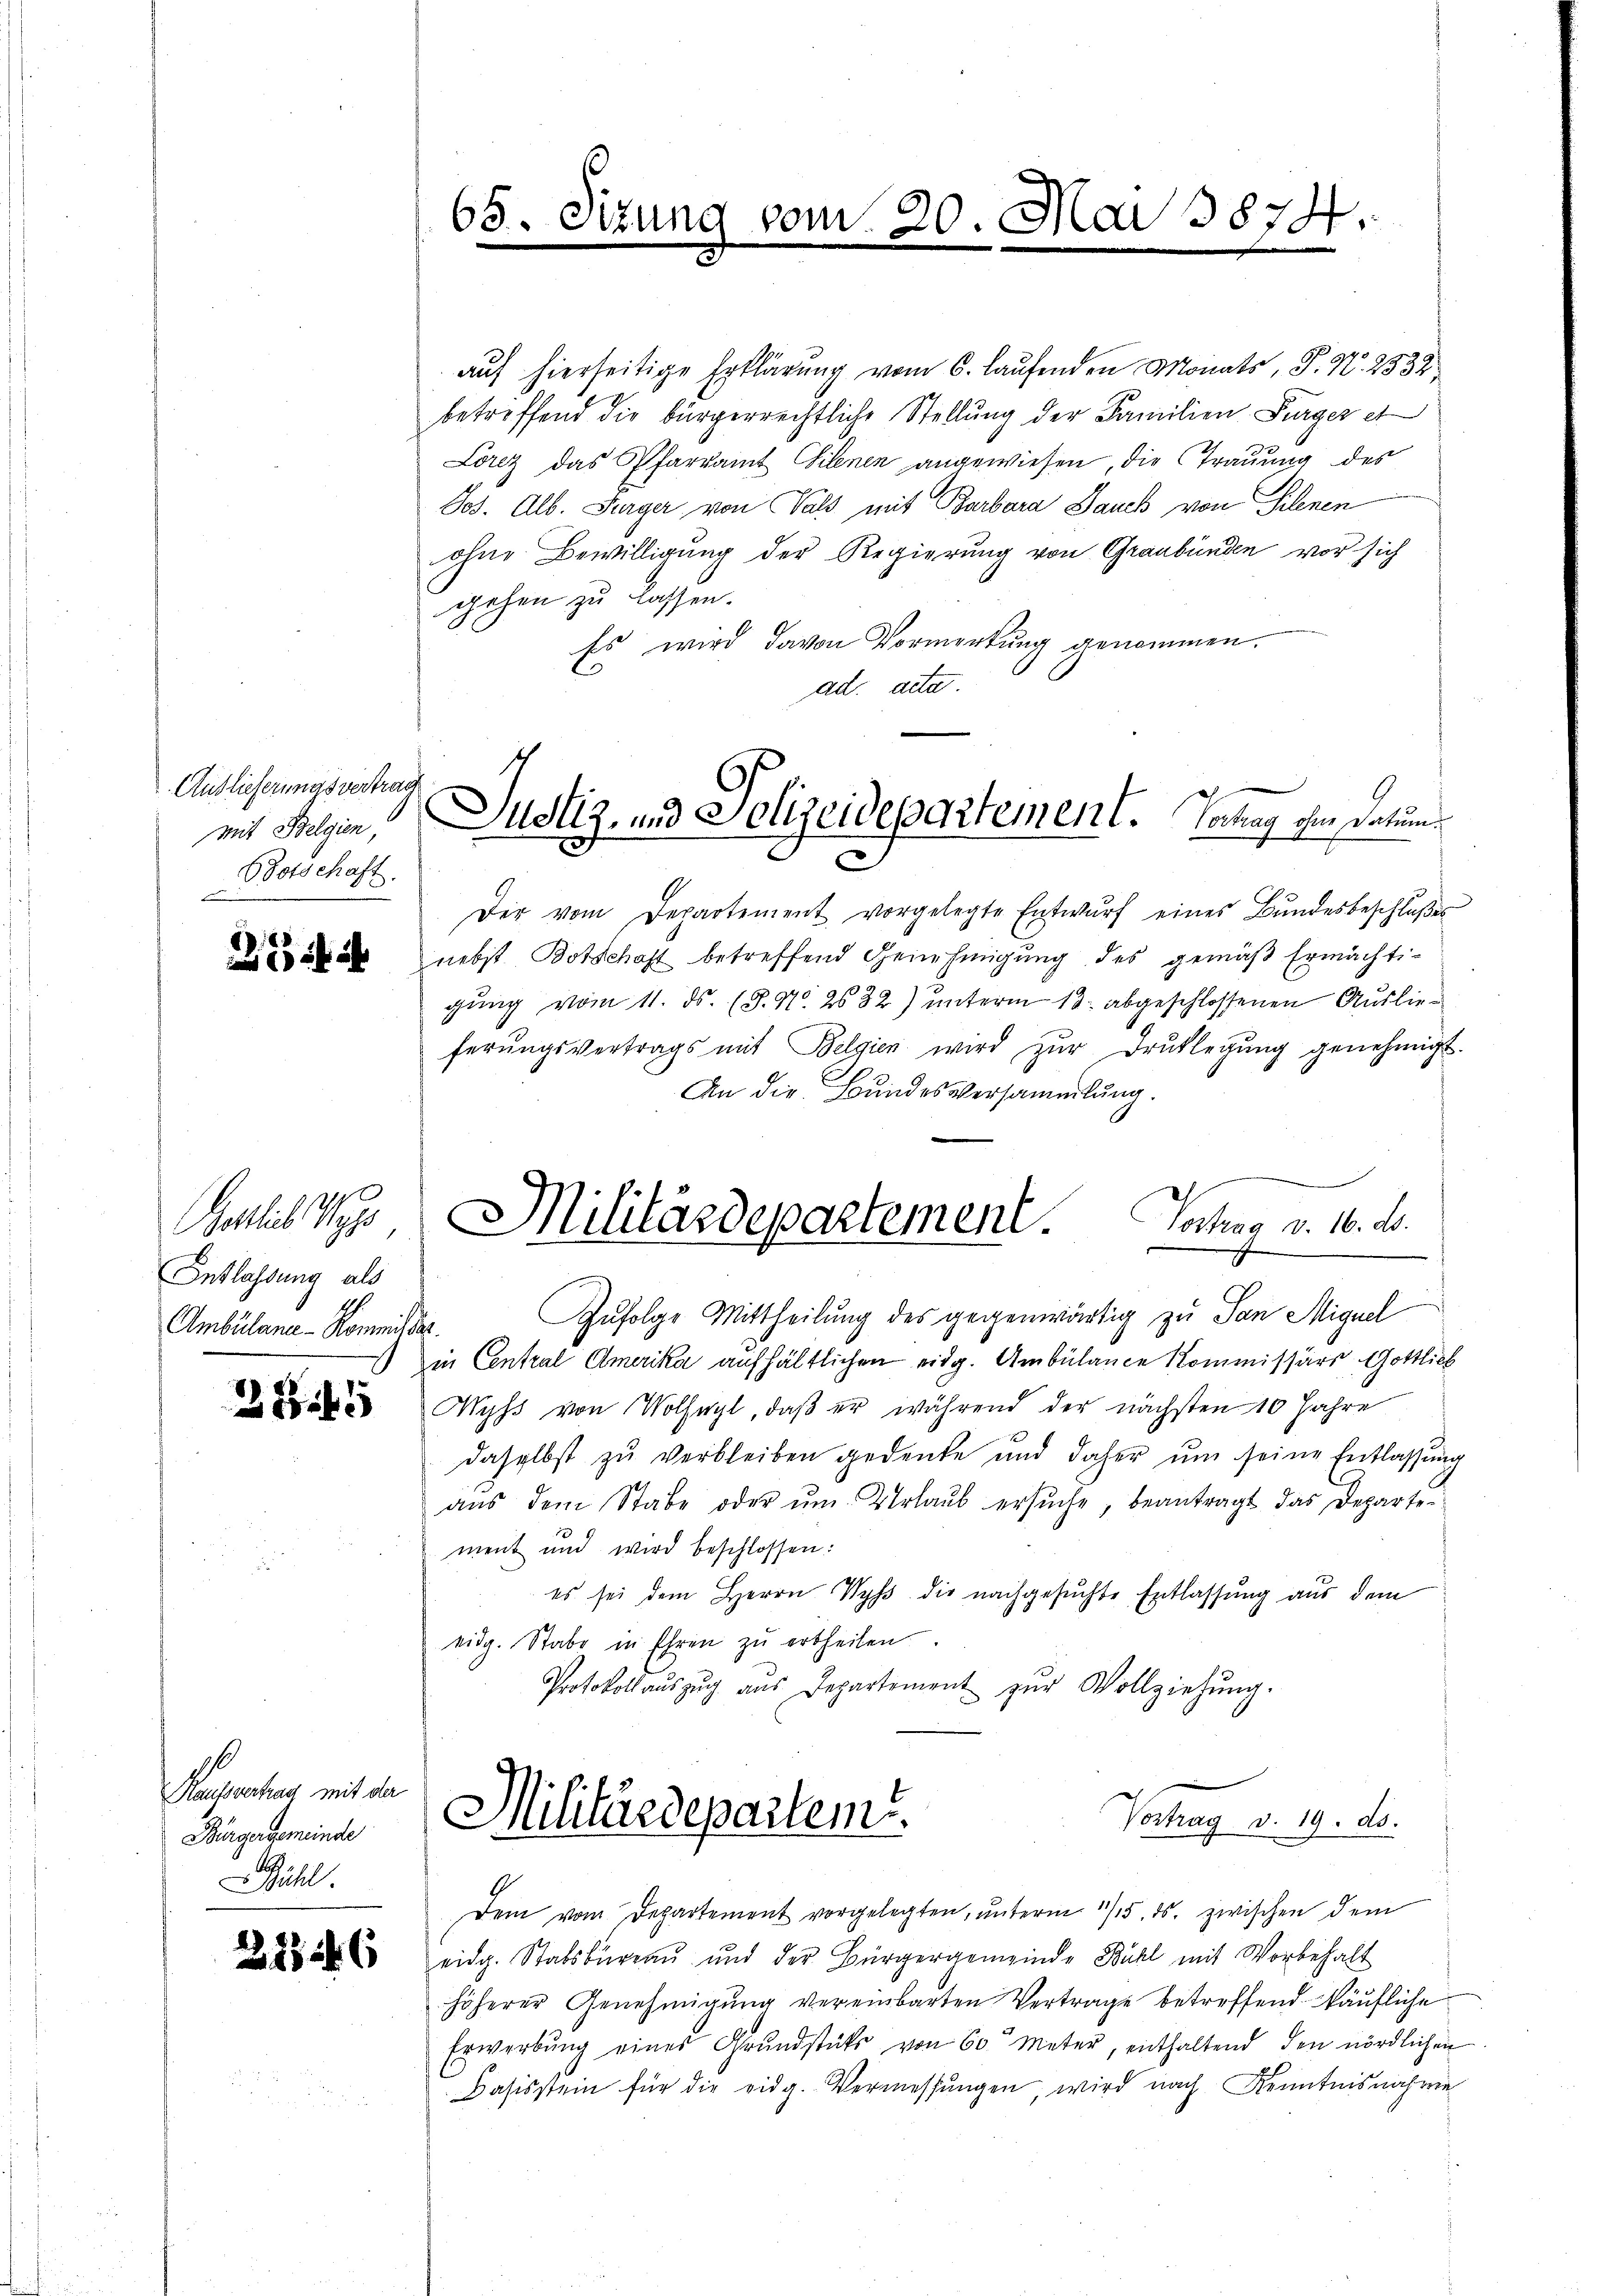
Auslieferungsvertrag
mit Belgien,
Botschaft.

atlich Wy
Entlassung als
Ambülane - Kommissar

2845

Hausrechung mit der
Bürgergemeinde
Zühl.

21546

68. Sizung vom 20. Mai 1874.

auf hierseitige Erklärung vom 6. laufenden Monats, P. N. 2532
betreffend die bürgerrechtliche Stellung der Familien Burger et
Lorez das Pfarramt Gilenen angewiesen, die Trauung des
Jos. Alb. Turger von Vals mit Barbara Dauch von Silenen
ohne Bewilligung der Regierung von Graubünden vor sich
gehen zu lassen.
Es wird davon Vormerkung genommen.
ad acta.
Der vom Departement vorgelegte Entwŭrf eines Bŭndesbeschlŭβes
nebst Botschaft betreffend Genehmigung des gemäβ Ermächti-
gung vom 11. ds. (3. No. 2632) unterm 13. abgeschlossenen Auslieferŭngsvertrags mit Belgien wird zŭr Drŭcklegŭng genehmigt.
An die Bundesversammlung.
Zufolge Mittheilung des gegenwärtig zu San Miguel
in Central Amerika aufhältlichen eidg. Ambülance Kommissärs Gottlich
Wyss von Vollegl, daß er während der nächsten 10 Jahre
daselbst zŭ verbleiben gedenke und daher ŭm seine Entlassŭng
aŭs dem Stabe oder ŭm Urlaŭb ersŭche, beantragt das Departe-
ment und wird beschlossen:
es sei dem Herrn Wyss die nachgesuchte Entlassung aus dem
eidg. Stabe in Ehren zŭ ertheilen.
Protokoll aŭszŭg aŭs Departement zŭr Vollziehŭng.
Militärdepartem
Vortrag v. 19. ds.
Dem vom Departement vorgelegten, ŭnterm 15. ds. zwischen dem
eidg. Stabsbureau und der Bürgergemeinde Bühl mit Vorbehalt
höherer Genehmigung vereinbarten Vertrage betreffend käufliche
Erwerbŭng eines Grŭndstüks von 60 Meter, enthaltend den nördlichen
Basisstein für die eidg. Vermessŭngen, wird nach Kenntnisnahme

Justiz- und Polizeidepartement. Vortrag ohne Datum

Vortrag d. 10. d.
Militärdepartement.